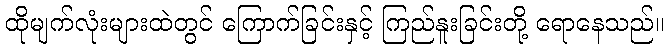
ထိုမျက်လုံးများထဲတွင် ကြောက်ခြင်းနှင့် ကြည်နူးခြင်းတို့ ရောနေသည်။